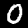
Digit: 0